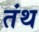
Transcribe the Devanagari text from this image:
तंथ